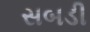
સબડી